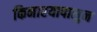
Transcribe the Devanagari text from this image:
किनारयापासुन